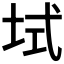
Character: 𫭫